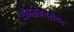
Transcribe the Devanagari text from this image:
थॉमसनबरोबर